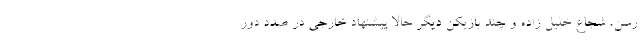
رسن، شجاع خلیل زاده و چند بازیکن دیگر حالا پیشنهاد خارجی در صدد دور